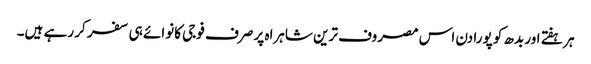
ہر ہفتے اور بدھ کو پورا دن اس مصروف ترین شاہراہ پر صرف فوجی کانوائے ہی سفر کر رہے ہیں۔